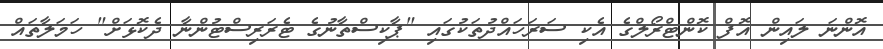
އޮންނަ ލައިން އޮފް ކޮންޓްރޯލްގެ އެކި ސަރަހައްދުތަކުގައި "ޕާކިސްތާނުގެ ޓެރަރިސްޓުންނާ ދެކޮޅަށް" ހަމަލާތައް